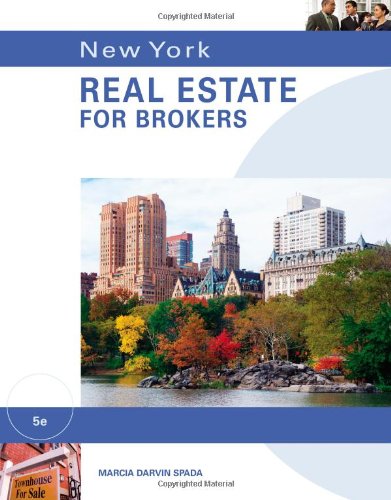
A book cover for New York Real Estate for Brokers; Marcia Darvin Spada; Business & Money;